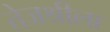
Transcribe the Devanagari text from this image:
तेजश्रीला